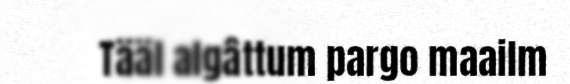
Tääl algâttum pargo maailm